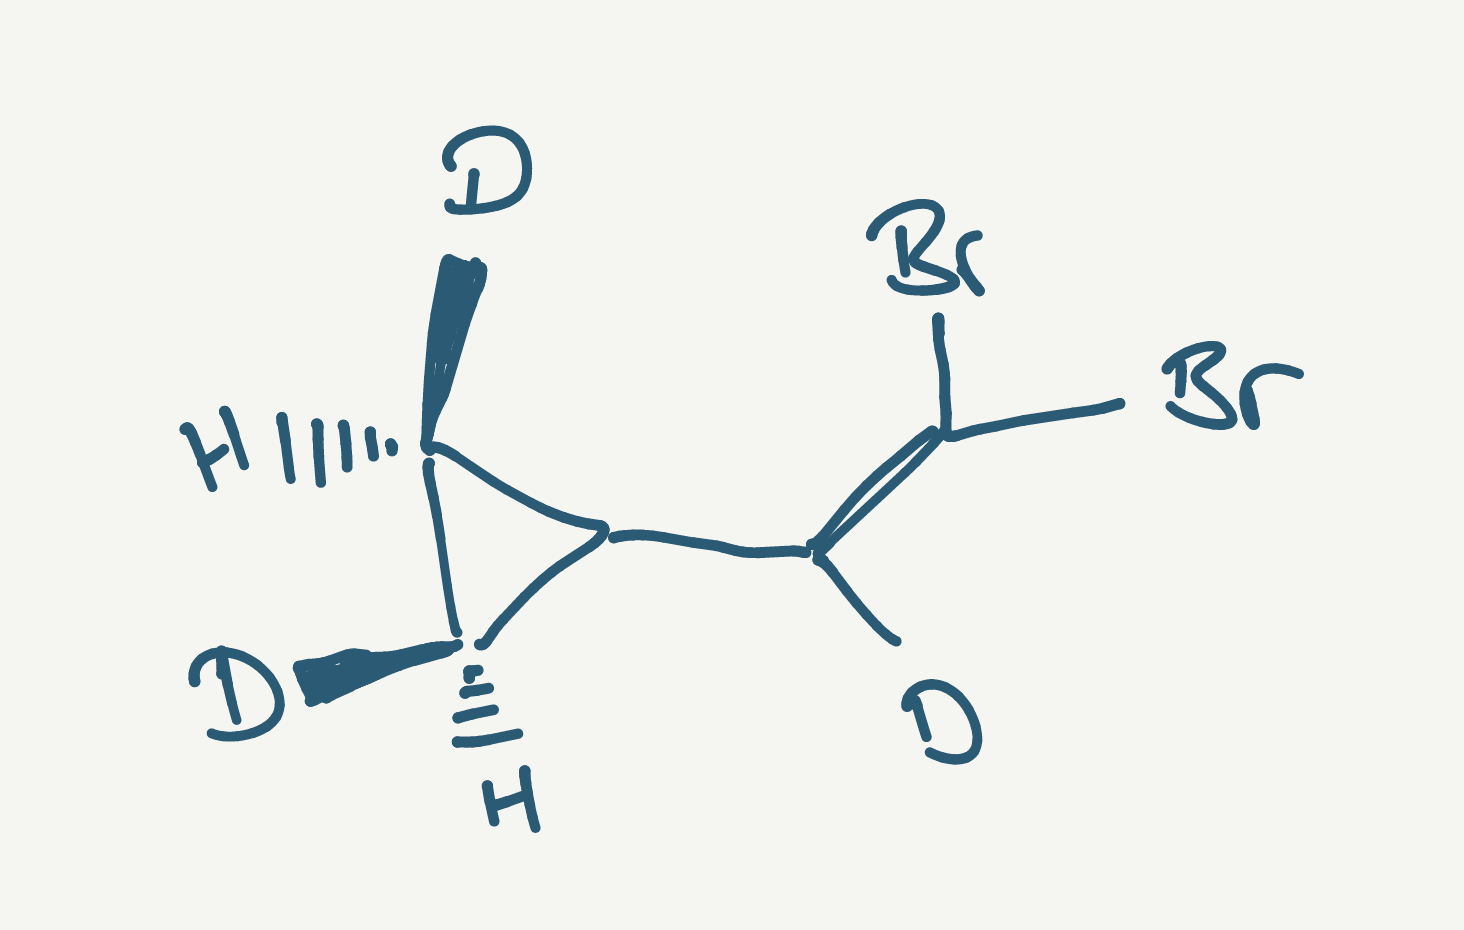
Simplified molecular-input line-entry system (SMILES) notation of the given molecule:
[H][C@]1(C([C@]1([H])[2H])C(=C(Br)Br)[2H])[2H]